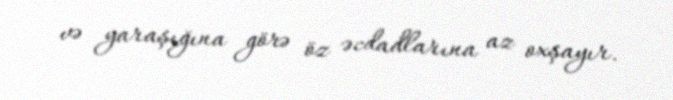
və yaraşığına görə öz əcdadlarına az oxşayır.